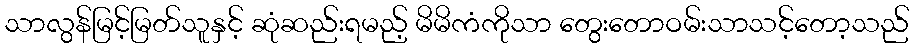
သာလွန်မြင့်မြတ်သူနှင့် ဆုံဆည်းရမည့် မိမိကံကိုသာ တွေးတောဝမ်းသာသင့်တော့သည်